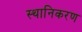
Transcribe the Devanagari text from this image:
स्थानिकरण